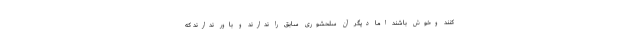
کنند وخوش باشند اما دیگر آن سلحشوری سابق را ندارند و باور ندارند که